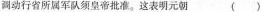
测动行省所属军队须皇帝批准。这表明元朝（ ）